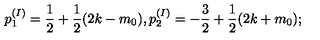
p _ { 1 } ^ { ( I ) } = \frac { 1 } { 2 } + \frac { 1 } { 2 } ( 2 k - m _ { 0 } ) , p _ { 2 } ^ { ( I ) } = - \frac { 3 } { 2 } + \frac { 1 } { 2 } ( 2 k + m _ { 0 } ) ;